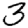
Digit: 3